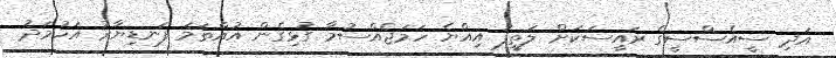
އަދި ސީއެސްސީގެ ރައީސަކަށް ލަތީފު އިއްޔެ ހަމަޖެއްސުމާ ގުޅިގެން އުއްތަމަ ފަނޑިޔާރު އަހުމަދު